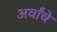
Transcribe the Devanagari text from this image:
अर्वांचे